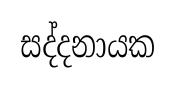
සද්දනායක